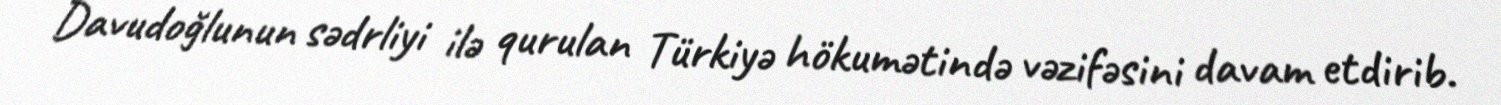
Davudoğlunun sədrliyi ilə qurulan Türkiyə hökumətində vəzifəsini davam etdirib.